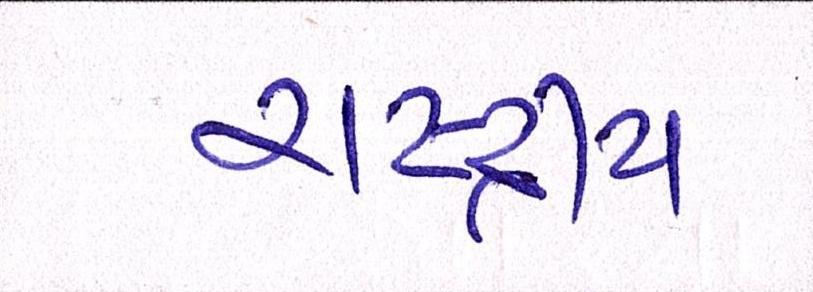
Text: રાષ્ટ્રીય